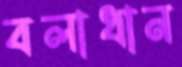
বলাধান